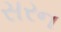
સરન